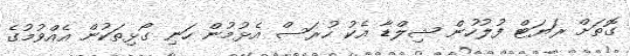
ގޮތަށް ރަޔަޓް ފުލުހުން ޝިލްޑާ އެކު ހުރަސް އެޅުމުން ހަނި ގޯޅިތަކުން އެއްވުމުގެ